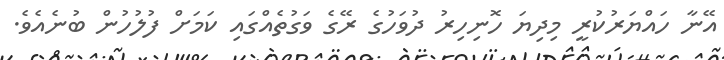
އޭނާ ހައްޔަރުކުރީ މިދިޔަ ހޮނިހިރު ދުވަހުގެ ރޭގެ ވަގުތެއްގައި ކަމަށް ފުލުހުން ބުނެއެވެ.